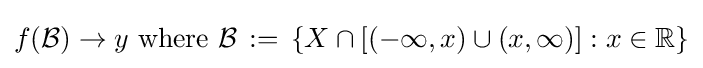
f({\mathcal {B}})\to y{\text{ where }}{\mathcal {B}}\,:=\,\{X\cap [(-\infty ,x)\cup (x,\infty )]:x\in \mathbb {R} \}